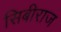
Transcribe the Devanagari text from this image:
सिबीराज